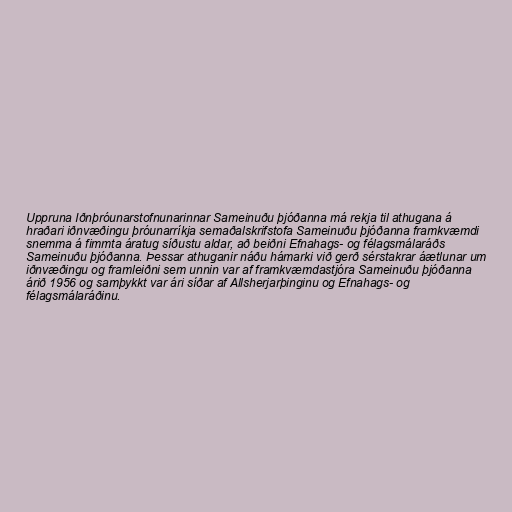
Uppruna Iðnþróunarstofnunarinnar Sameinuðu þjóðanna má rekja til athugana á
hraðari iðnvæðingu þróunarríkja semaðalskrifstofa Sameinuðu þjóðanna framkvæmdi
snemma á fimmta áratug síðustu aldar, að beiðni Efnahags- og félagsmálaráðs
Sameinuðu þjóðanna. Þessar athuganir náðu hámarki við gerð sérstakrar áætlunar um
iðnvæðingu og framleiðni sem unnin var af framkvæmdastjóra Sameinuðu þjóðanna
árið 1956 og samþykkt var ári síðar af Allsherjarþinginu og Efnahags- og
félagsmálaráðinu.